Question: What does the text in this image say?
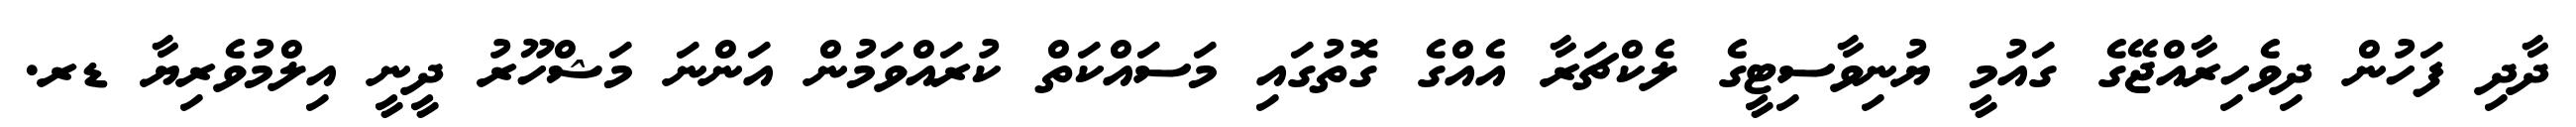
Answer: ދާދި ފަހުން ދިވެހިރާއްޖޭގެ ގައުމީ ޔުނިވާސިޓީގެ ލެކްޗަރާ އެއްގެ ގޮތުގައި މަސައްކަތް ކުރައްވަމުން އަންނަ މަޝްހޫރު ދީނީ އިލްމުވެރިޔާ ޑރ.